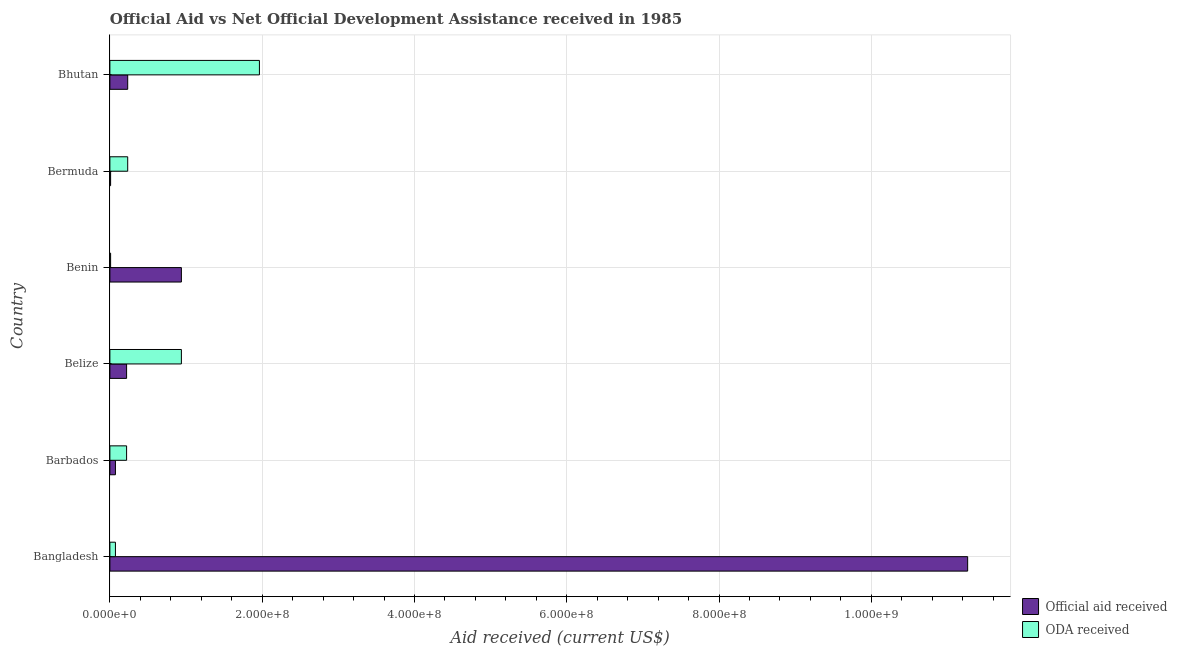
| Country | Official aid received | ODA received |
 | --- | --- | --- |
 | Bangladesh | 1.13e+09 | 7.29e+06 |
 | Barbados | 7.29e+06 | 2.19e+07 |
 | Belize | 2.19e+07 | 9.39e+07 |
 | Benin | 9.39e+07 | 9.4e+05 |
 | Bermuda | 9.4e+05 | 2.34e+07 |
 | Bhutan | 2.34e+07 | 1.96e+08 |